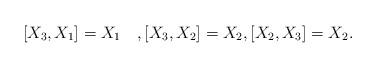
LaTeX: \begin{align*}[X_{3},X_{1}]=X_{1}\quad,[X_{3},X_{2}]=X_{2},[X_{2},X_{3}]= X_{2}.\end{align*}